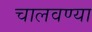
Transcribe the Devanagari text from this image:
चालवण्या